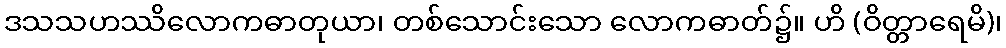
ဒသသဟဿိလောကဓာတုယာ၊ တစ်သောင်းသော လောကဓာတ်၌။ ဟိ (ဝိတ္တာရေမိ)၊